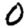
Digit: 0